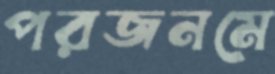
পরজনমে